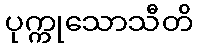
ပုက္ကုသောသီတိ